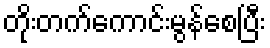
တိုးတက်ကောင်းမွန်စေပြီး